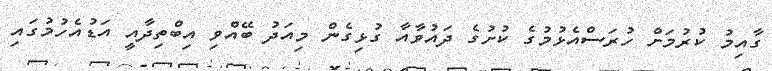
ގާއިމު ކުރުމަށް ހުރަސްއެޅުމުގެ ކުށުގެ ދައުވާއާ ގުޅިގެން މިއަދު ބޭއްވި އިބްތިދާއީ އަޑުއެހުމުގައި